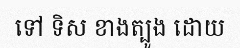
ទៅ ទិស ខាងត្បូង ដោយ